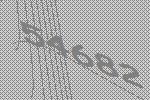
54682